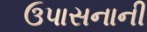
ઉપાસનાની